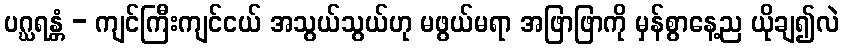
ပဂ္ဃရန္တံ - ကျင်ကြီးကျင်ငယ် အသွယ်သွယ်ဟု မဖွယ်မရာ အဖြာဖြာကို မှန်စွာနေ့ည ယိုချ၍လဲ